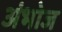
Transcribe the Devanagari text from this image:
अंभोज